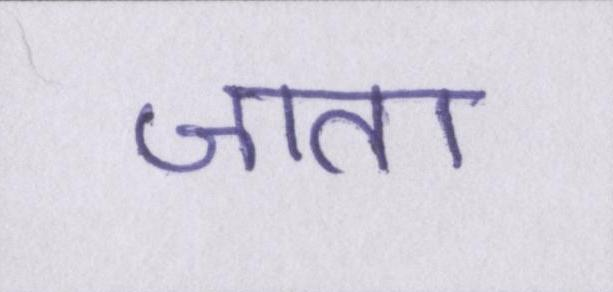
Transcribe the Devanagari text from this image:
जाता